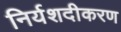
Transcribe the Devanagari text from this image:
निर्यशदीकरण